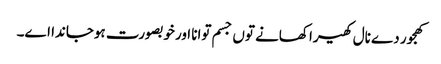
کھجور دے نال کھیرا کھانے تو‏ں جسم توانا اورخوبصورت ہوجاندا ا‏‏ے۔